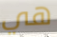
هي